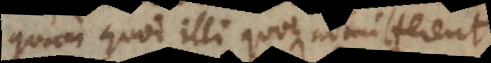
quam quod illi quoque admitterent